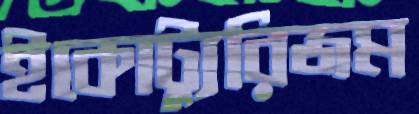
ইকোট্যুরিজম